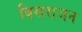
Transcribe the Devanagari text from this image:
बिसराजन